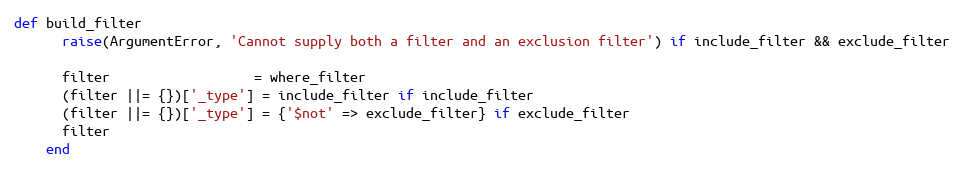
Language: Ruby
def build_filter
      raise(ArgumentError, 'Cannot supply both a filter and an exclusion filter') if include_filter && exclude_filter

      filter                  = where_filter
      (filter ||= {})['_type'] = include_filter if include_filter
      (filter ||= {})['_type'] = {'$not' => exclude_filter} if exclude_filter
      filter
    end